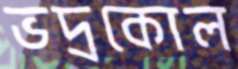
ভদ্রকোল